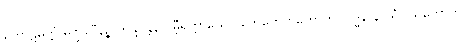
ကောဋိမတ္တံ မဏ္ဍလီနဉ္စ ဘိန္ဒန္တေန ဂမ္ဘီရတ္တာယေဝ ဟေဟေဟိဟောဟိ လဒ္ဓိနာနာသံဝါသကောတိ